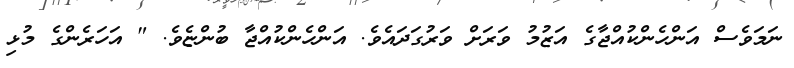
ނަމަވެސް އަންހެންކުއްޖާގެ އަޒުމު ވަރަށް ވަރުގަދައެވެ. އަންހެންކުއްޖާ ބުންޏެވެ. " އަހަރެންގެ މުޅި